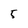
Character: 5